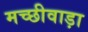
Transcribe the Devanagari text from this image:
मच्छीवाड़ा